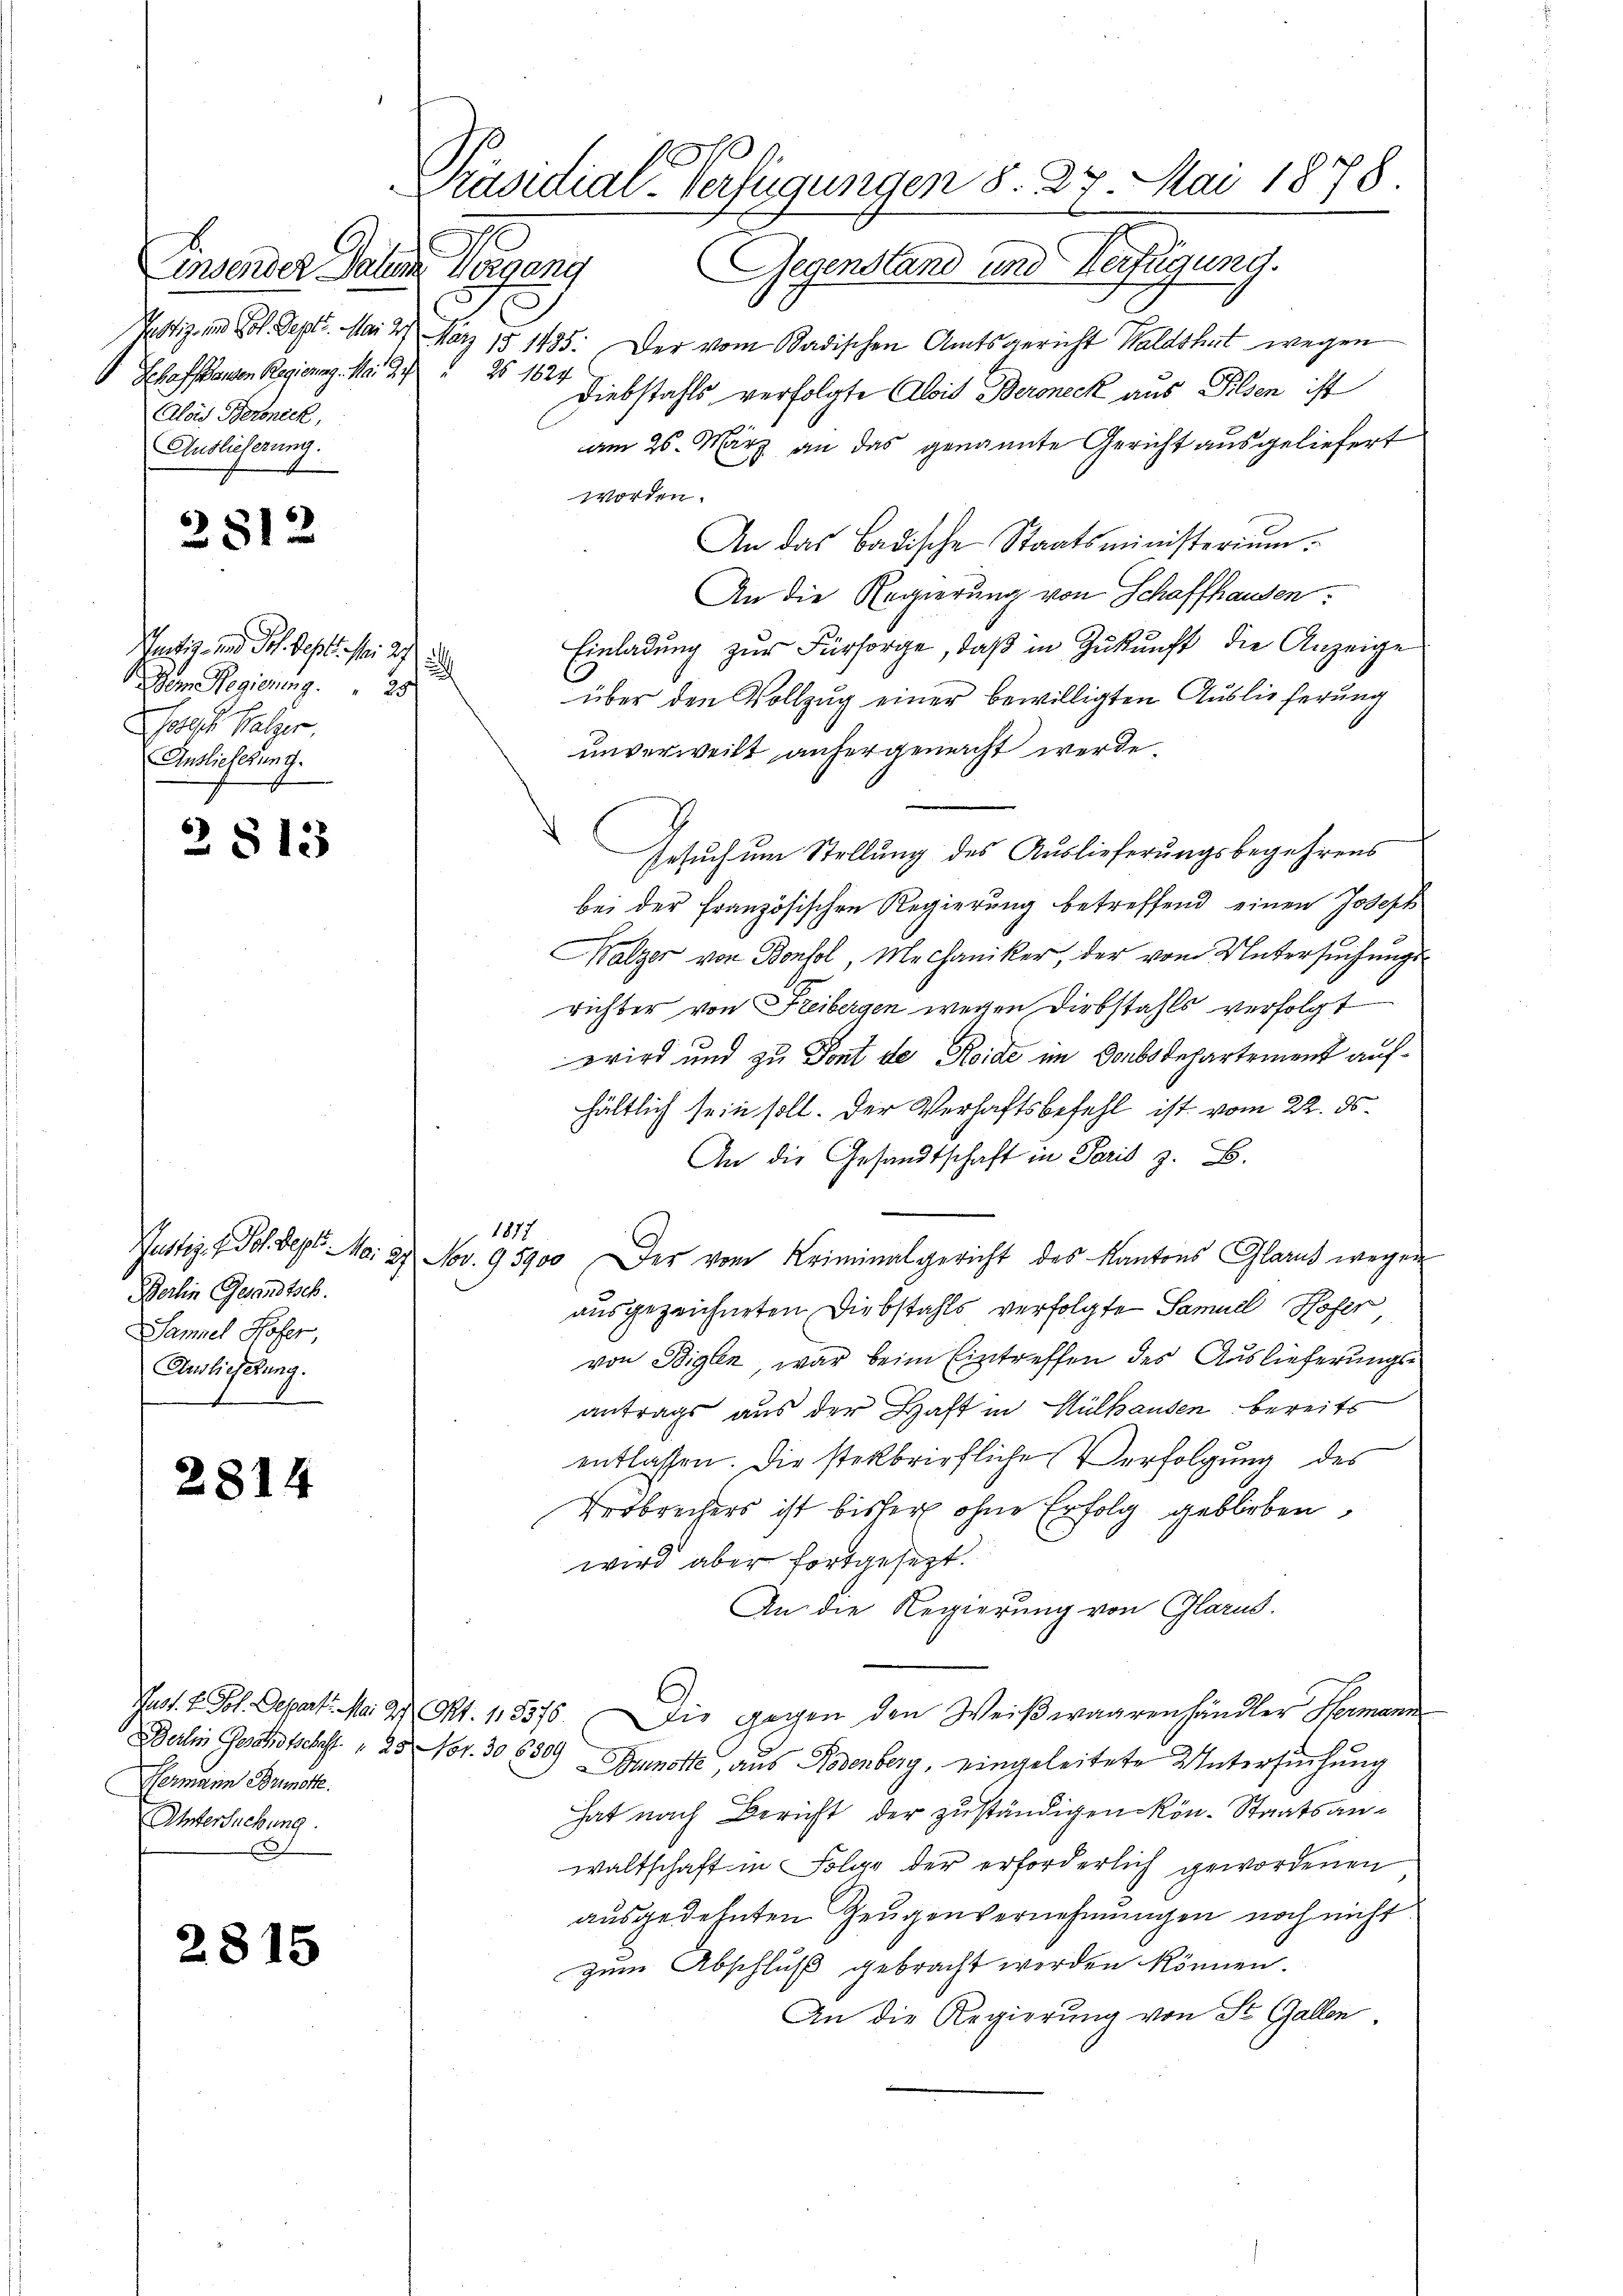
Linsender Palm
Schaffhausen Regierung. Mai 225 1824
Alois Beroneck,
Auslieferung.

2812

Vendig und Joh. Sept. Mai 21 d
Dem Regierung      "    23
ores Balger,
Anslieferung.

2813

Justiz u. Joh. Sept. Mai 29. Nov. 195900
Berlin Gesandtsch.
Samuel Hofer,
Endlichung.

2814

Berlin Geschofschaft . 28 Nov. 30. 6809
Hermann Brunorte.
Untersuchung.

2815

1
Präsidial-Verfügungen §. 27. Mai 1878.
Vorgang Gegenstand und Verfügung.

Justiz- und Joh. Sept. Mai 27. März 181435. Der vom Badischen Amtsgericht Waldshut wegen
Diebstahls verfolgte Alois Beroneck aus Pilsen ist
am 26. März an das genannte Gericht ausgeliefert
worden.
An das Badische Staatsministerium.
An die Regierung von Schaffhausen
Einladung zur Fürsorge, daß in Zukunft die Anzeige
über den Vollzug einer bewilligten Auslieferung
unverweilt anhergemacht werde.
Gesuch um Stellung des Auslieferungsbegehrens
bei der französischen Regierung betreffend einen Joseph
Malzer von Bonsol, Mechaniker, der vom Untersuchungsrichter von Freibergen wegen Diebstahls verfolgt
wird und zu Font de Roide im Donbsdepartement aufhältlich sein soll. Der Verhaftsbefehl ist vom 22. ds.
An die Gesandtschaft in Paris z. B.
1817
Der vom Kriminalgericht des Kantons Glarus wegen
ausgezeichneten Diebstahls verfolgte Samuel Hofer
von Biglen, war beim Eintreffen des Auslieferungsantrags aus der Haft in Mülhausen bereits
entlassen. Die steckbriefliche Verfolgung des
Verbrechers ist bisher ohne Erfolg geblieben,
wird aber fortgesetzt.
An die Regierung von Glarus.
Jast. v. Joh. Depart. Na 2 Pkt. 115576. Die gegen den Weiβwaarenhändler Hermann
Bunock, aus Rodenberg, eingeleitete Untersuchung
hat nach Bericht der zuständigen Rön-Staatsanwaltschaft in Folge der erforderlich gewordenen
ausgedehnten Zeugenvernehmungen noch nicht
zum Abschluß gebracht worden können.
An die Regierung von St. Gallen.